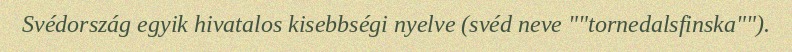
Svédország egyik hivatalos kisebbségi nyelve (svéd neve ""tornedalsfinska"").